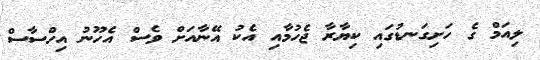
ލިއަމް ގެ ހަށިގަނޑުގައި ކިޔާރާ ޖެހުމާއި އެކު އޭނާއަށް ވެސް އެހޫނު އިހްސާސް